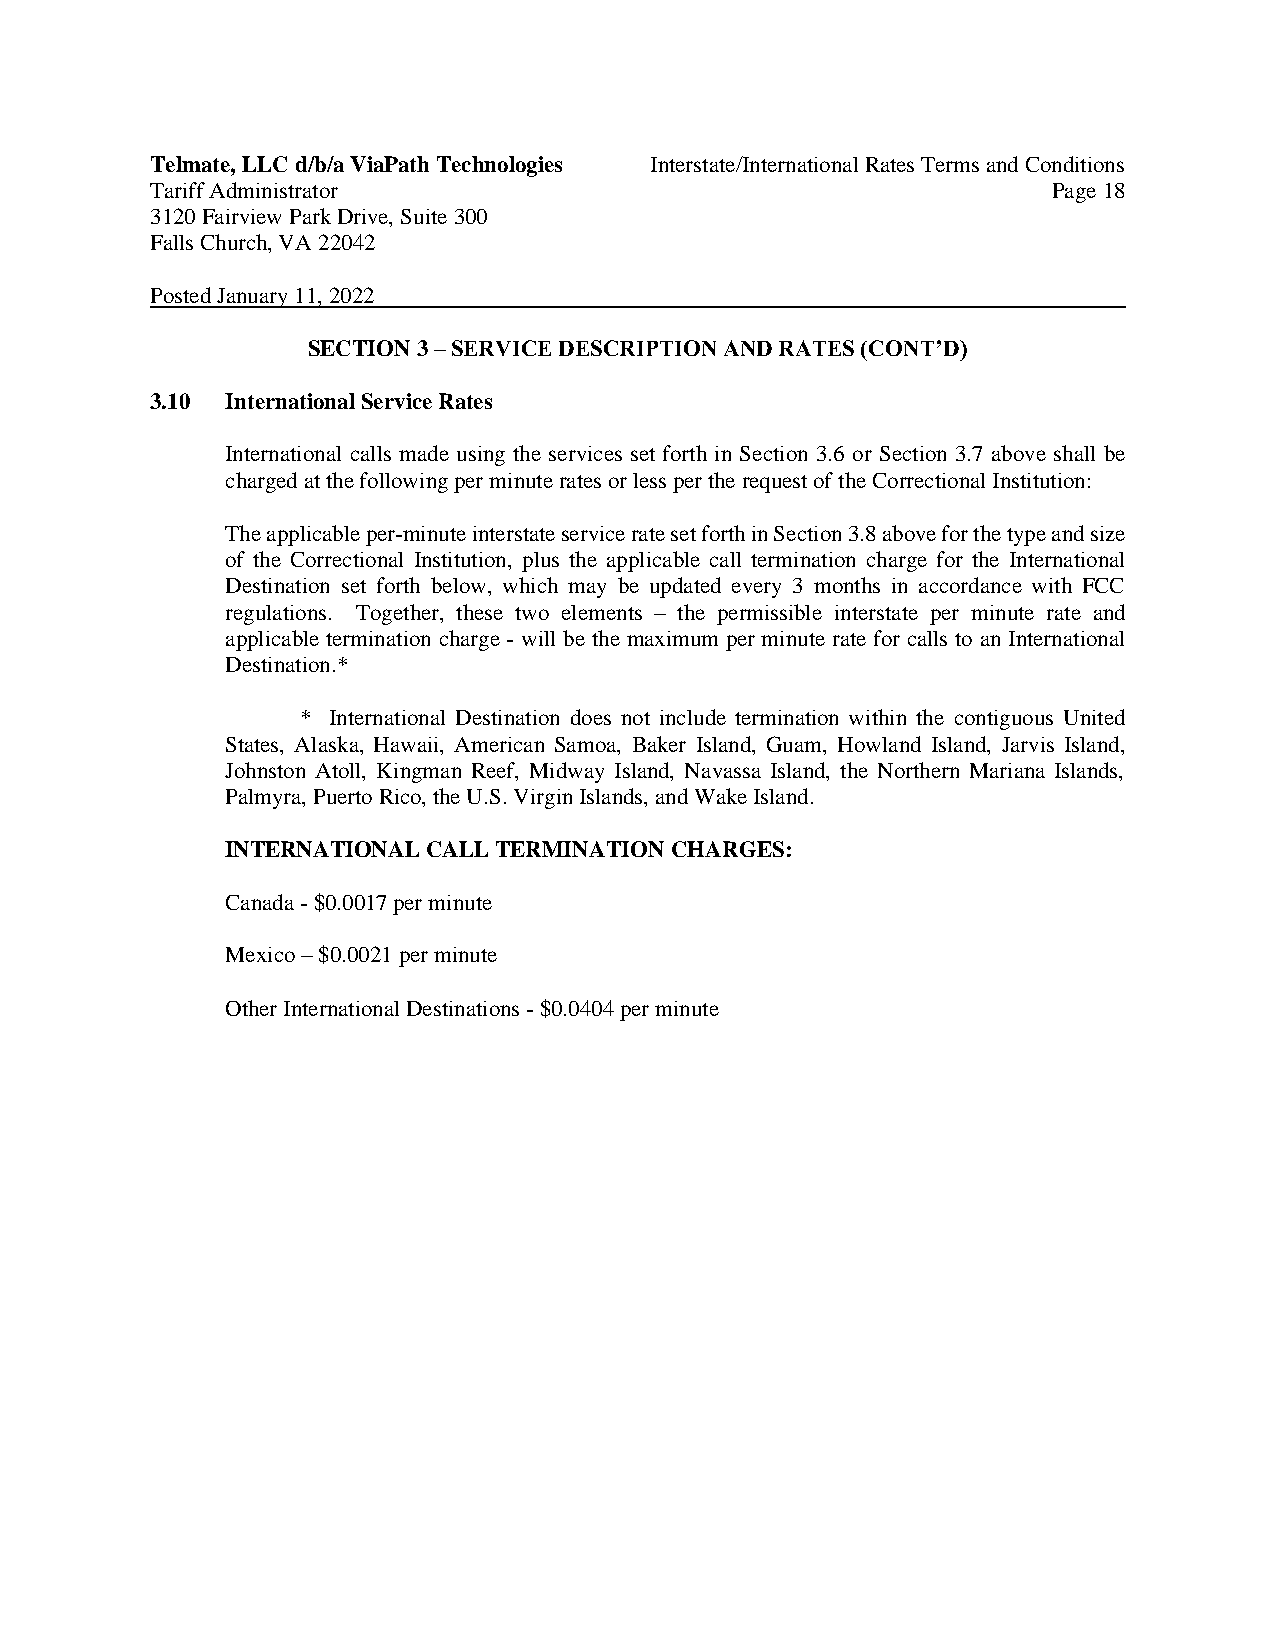
Telmate, LLC d/b/a ViaPath Technologies Interstate/International Rates Terms and Conditions
 Tariff Administrator                                        Page 18
 3120 Fairview Park Drive, Suite 300
 Falls Church, VA 22042
 Posted January 11, 2022
 SECTION 3 – SERVICE DESCRIPTION AND RATES (CONT’D)
 3.10 International Service Rates
 International calls made using the services set forth in Section 3.6 or Section 3.7 above shall be
 charged at the following per minute rates or less per the request of the Correctional Institution:
 The applicable per-minute interstate service rate set forth in Section 3.8 above for the type and size
 of the Correctional Institution, plus the applicable call termination charge for the International
 Destination set forth below, which may be updated every 3 months in accordance with FCC
 regulations. Together, these two elements – the permissible interstate per minute rate and
 applicable termination charge - will be the maximum per minute rate for calls to an International
 Destination.*
 * International Destination does not include termination within the contiguous United
 States, Alaska, Hawaii, American Samoa, Baker Island, Guam, Howland Island, Jarvis Island,
 Johnston Atoll, Kingman Reef, Midway Island, Navassa Island, the Northern Mariana Islands,
 Palmyra, Puerto Rico, the U.S. Virgin Islands, and Wake Island.
 INTERNATIONAL CALL TERMINATION CHARGES:
 Canada - $0.0017 per minute
 Mexico – $0.0021 per minute
 Other International Destinations - $0.0404 per minute